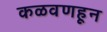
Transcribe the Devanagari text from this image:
कळवणहून